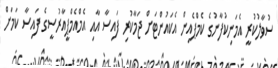
ސުވާލުކުރީ އެމަނިކުފާނުގެ ކެމްޕެއިން އެކައުންޓަށް ޖަމާކުރި ފައިސާ އާއި އެމްއެމްޕީއާރުސީގެ ފައިސާ ކަމަށް